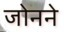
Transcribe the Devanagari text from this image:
जोनने